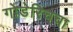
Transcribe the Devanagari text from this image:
गोडेरिचचा